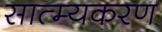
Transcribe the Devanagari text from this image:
सात्म्यकरण